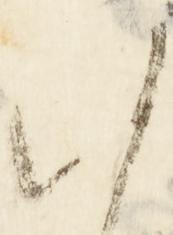
沙